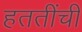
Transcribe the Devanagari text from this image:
हततींची